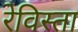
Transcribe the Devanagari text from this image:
रेविस्ता